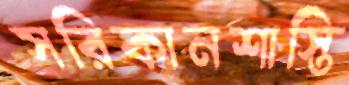
সরিকানশাস্তি